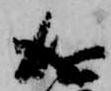
成